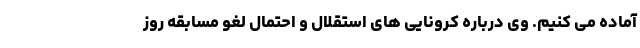
آماده می کنیم. وی درباره کرونایی های استقلال و احتمال لغو مسابقه روز